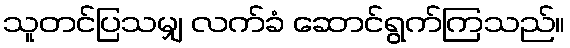
သူတင်ပြသမျှ လက်ခံ ဆောင်ရွက်ကြသည်။